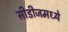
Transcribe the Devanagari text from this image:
सीडीजमध्ये